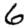
Digit: 6